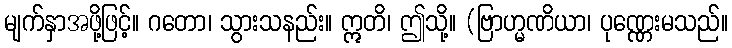
မျက်နှာအဖို့ဖြင့်။ ဂတော၊ သွားသနည်း။ ဣတိ၊ ဤသို့။ (ဗြာဟ္မဏိယာ၊ ပုဏ္ဏေးမသည်။